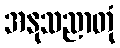
အနုသညာတုံ